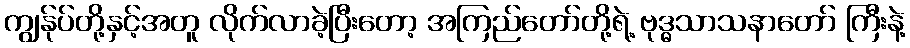
ကျွန်ုပ်တို့နှင့်အတူ လိုက်လာခဲ့ပြီးတော့ အကြည်တော်တို့ရဲ့ ဗုဒ္ဓသာသနာတော် ကြီးနဲ့